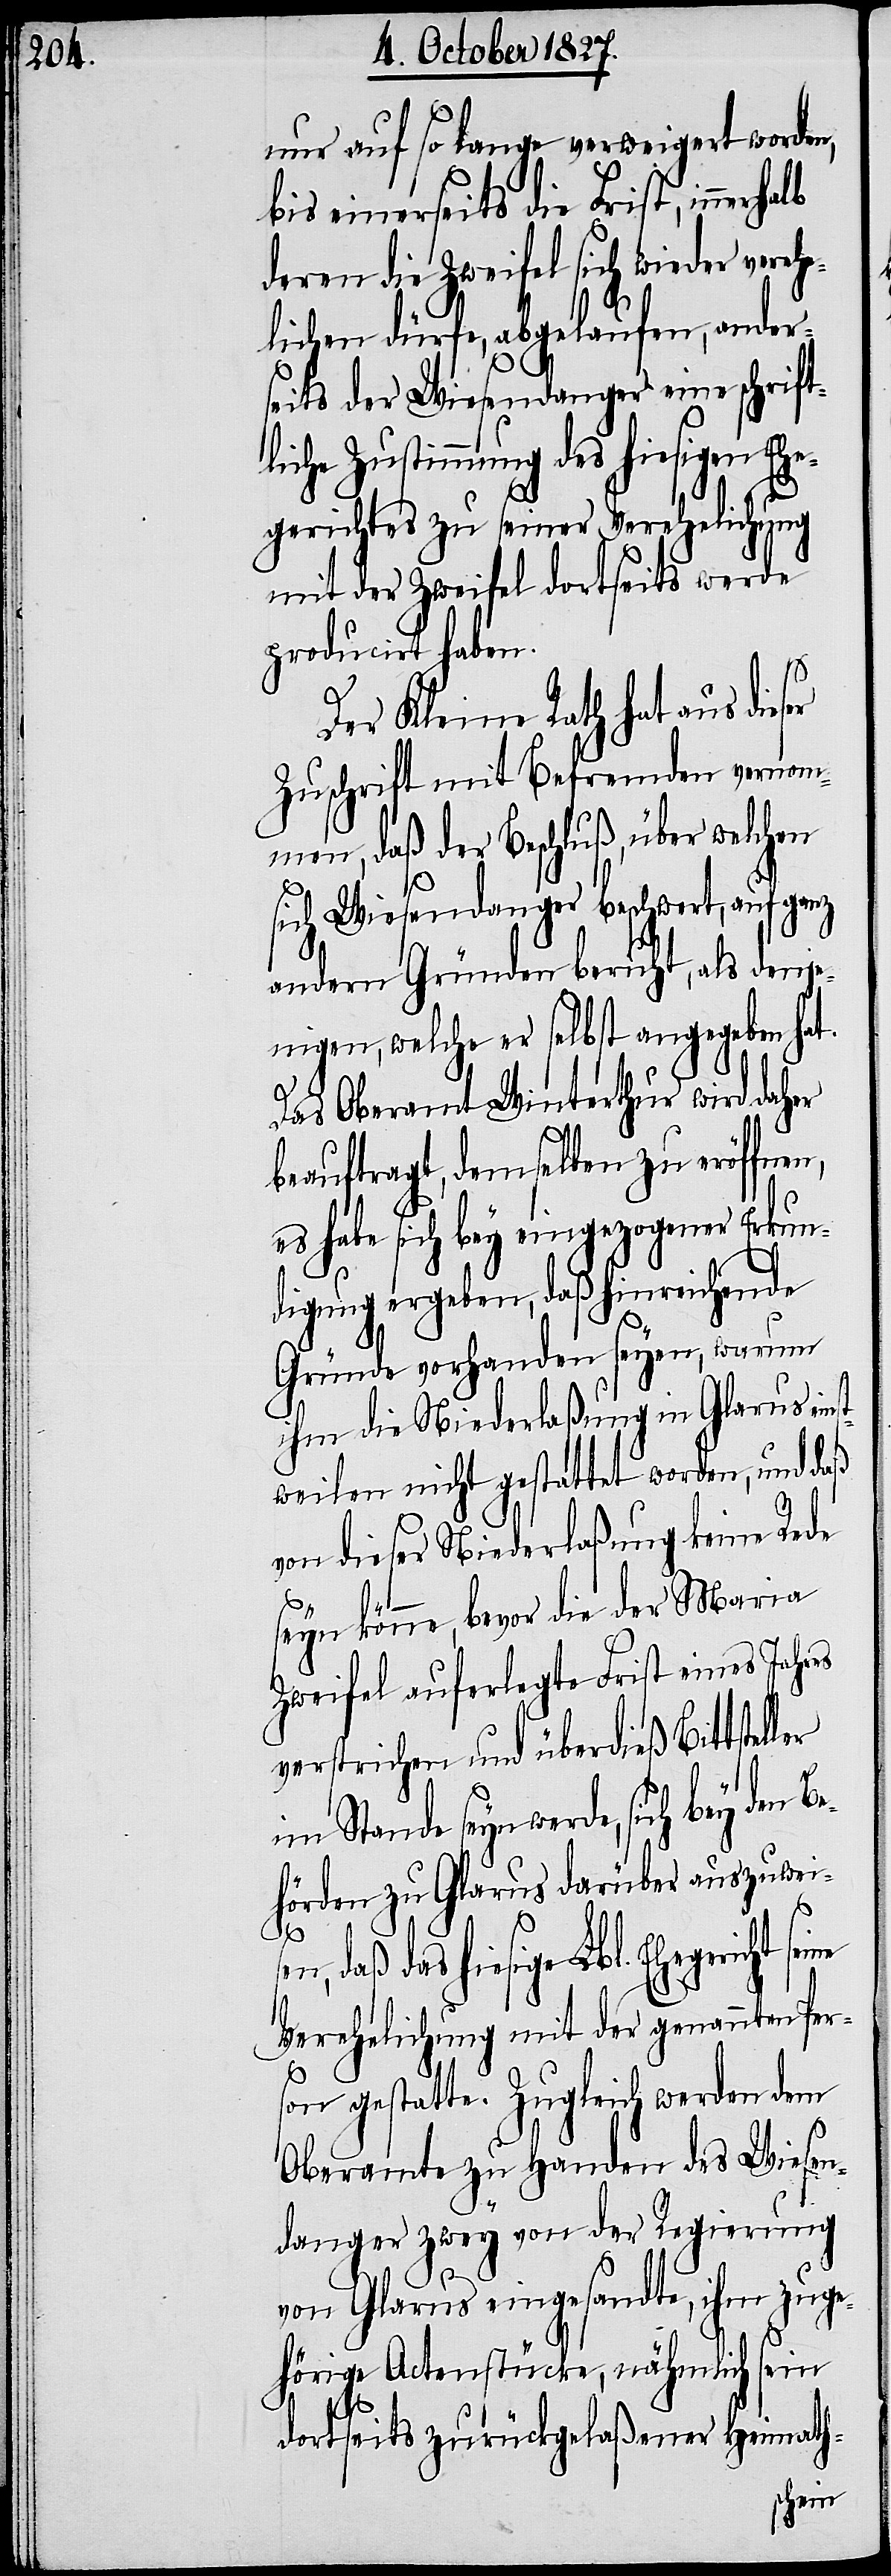
nur auf so lange verweigert worden,
bis einerseits die Frist, innerh¬
deren die Zweifel sich wieder verehe¬
lichen dürfe, abgelaufen, ander¬
seits der Wiesendanger eine schrift¬
liche Zustimmung des hiesigen Ehe¬
gerichtes zu seiner Verehelichung
mit der Zweifel dortseits werde
producirt haben.
st¬
Der Kleine Rath hat aus dieser
Zuschrift mit Befremden vernom¬
men, daß der Beschluß, über welchen
sich Wiesendanger beschwert, auf
andern Gründen beruht, als denje¬
nigen, welche er selbst angegeben hat.
Das Oberamt Winterthur wird daher
beauftragt, demselben zu eröffnen,
es habe sich bey eingezogener Erkun¬
digung ergeben, daß hinreichende
Gründe vorhanden seyen, warum
ihm die Niederlaßung in Glarus ein¬
weilen nicht gestattet worden, und daß
von dieser Niederlaßung keine Rede
seyn könne, bevor die der Maria
Zweifel auferlegte Frist eines Jahres
verstrichen und überdieß Bittsteller
seyn werde, sich bey den B¬
ehörden zu Glarus darüber auszuwei¬
ine
d¬
aß das hiesige Lbl. Ehegericht se¬
Verehelichung mit der genannten Per¬
son gestatte. Zugleich werden dem
Oberamte zu Handen des Wiesen¬
danger zwey von der Regierung
von Glarus eingesandte, ihm zuge¬
hörige Actenstücke, nämlich sein
dortseits zurückgelaßener Heimath-